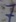
Text: 7